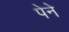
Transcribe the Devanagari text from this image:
पेने